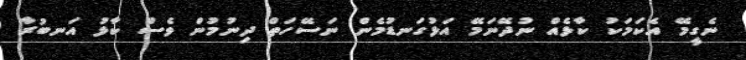
ނެގީމޭ އެކަމަކު ކާޅެއް ނުދޭނަމޭ އަޅުގަނޑުމެން ނަސޭހަތް ދިނުމުން ވެސް ކާޅު އަނބުރާ